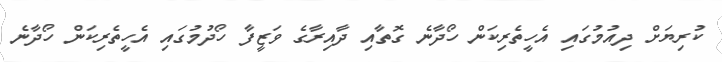
ކުރިޔަށް ދިއުމުގައި އެހީތެރިކަން ހޯދާނެ ގޮތާއި ދާއިރާގެ ވަޒީފާ ހޯދުމުގައި އެހީތެރިކަން ހޯދާނެ